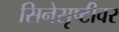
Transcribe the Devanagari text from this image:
सिनेसृष्टीवर